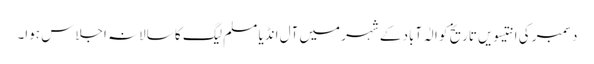
دسمبر کی انتیسویں تاریخ کو الٰہ آباد کے شہر میں آل انڈیا مسلم لیگ کا سالانہ اجلاس ہوا۔